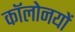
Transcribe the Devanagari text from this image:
कॉलोनयों